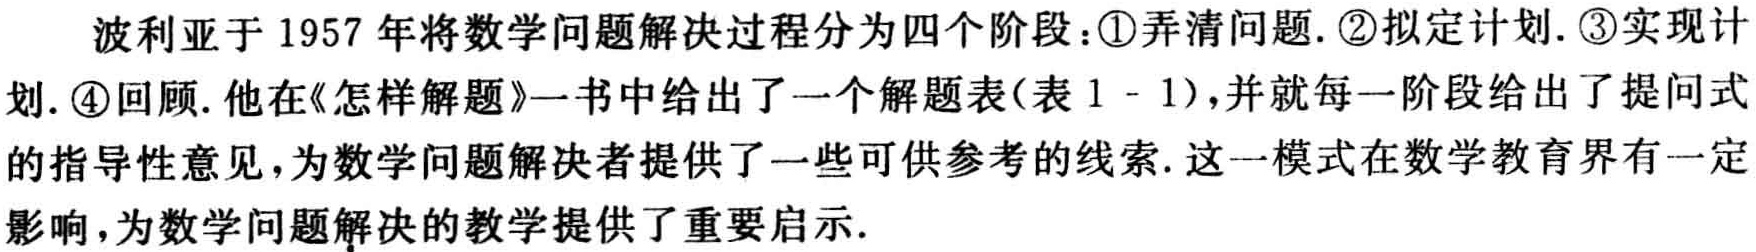
波利亚于 1957 年将数学问题解决过程分为四个阶段：\textcircled{1}弄清问题. \textcircled{2}拟定计划. \textcircled{3}实现计划. \textcircled{4}回顾. 他在《怎样解题》一书中给出了一个解题表(表 1 - 1)，并就每一阶段给出了提问式的指导性意见，为数学问题解决者提供了一些可供参考的线索. 这一模式在数学教育界有一定影响，为数学问题解决的教学提供了重要启示.